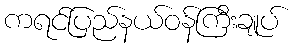
ကရင်ပြည်နယ်ဝန်ကြီးချုပ်